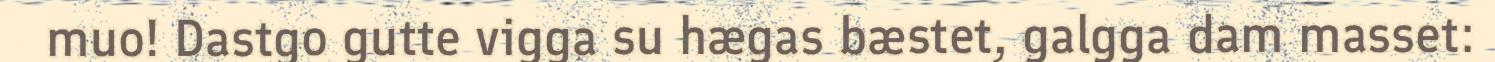
muo! Dastgo gutte vigga su hægas bæstet, galgga dam masset: